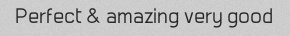
Perfect & amazing very good